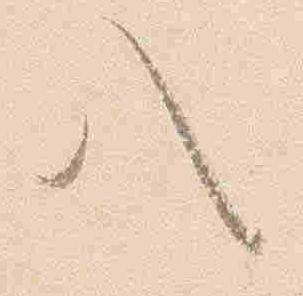
八